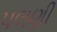
પલણી